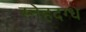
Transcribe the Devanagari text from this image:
स्नेहदग्ध